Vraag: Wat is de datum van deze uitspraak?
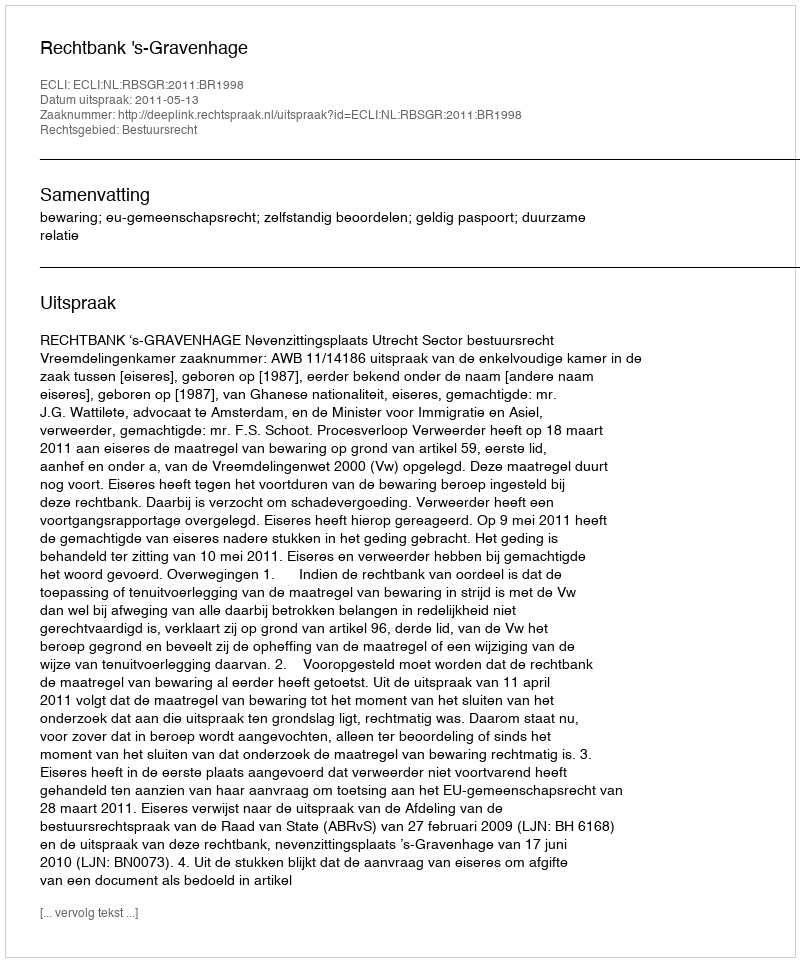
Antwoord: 2011-05-13